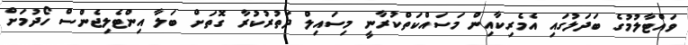
ވައްޓާލުމުގެ ބަދަލުގައި އެމެރިކާއިން މަސައްކަތްކުރާނީ މިސައިލް ދަތުރުކުރާ ގޮތަށް ބަލާ އިންޓެލިޖެންސް ހޯދުމަށް